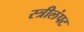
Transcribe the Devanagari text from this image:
स्त्रीलंपट